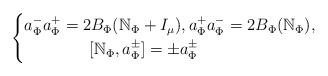
LaTeX: \begin{align*}\left\{\begin{aligned}&a^{-}_{\Phi}a^{+}_{\Phi}=2B_\Phi(\mathbb{N}_\Phi+I_\mu),a^{+}_{\Phi}a^{-}_{\Phi}=2B_\Phi(\mathbb{N}_\Phi),\\&\qquad\qquad[\mathbb{N}_\Phi, a^{\pm}_{\Phi}]=\pm a^{\pm}_{\Phi}\end{aligned}\right.\end{align*}